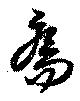
喬